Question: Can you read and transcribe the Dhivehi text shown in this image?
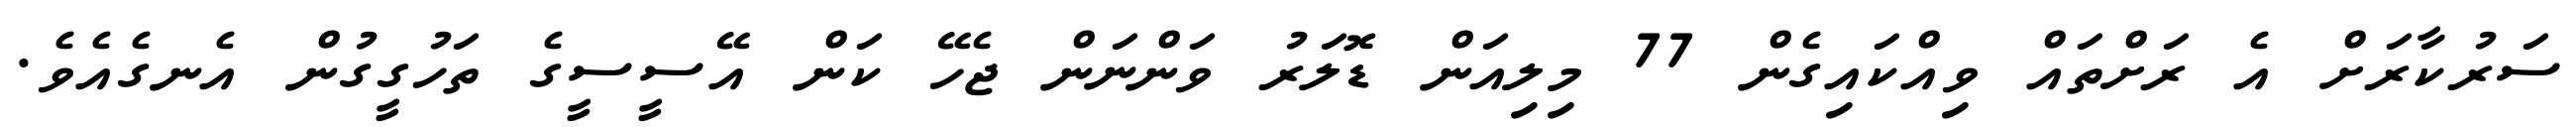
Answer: ސަރުކާރަށް އެ ރަށްތައް ވިއްކައިގެން 77 މިލިއަން ޑޮލަރު ވަންނަން ޖެހޭ ކަން އޭސީސީގެ ތަހުގީގުން އެނގެއެވެ.